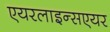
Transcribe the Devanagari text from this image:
एयरलाइन्सएयर